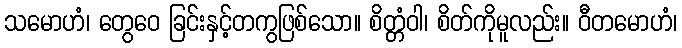
သမောဟံ၊ တွေဝေ ခြင်းနှင့်တကွဖြစ်သော။ စိတ္တံဝါ၊ စိတ်ကိုမူလည်း။ ဝီတမောဟံ၊